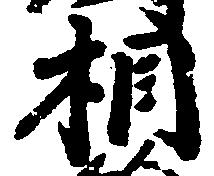
相